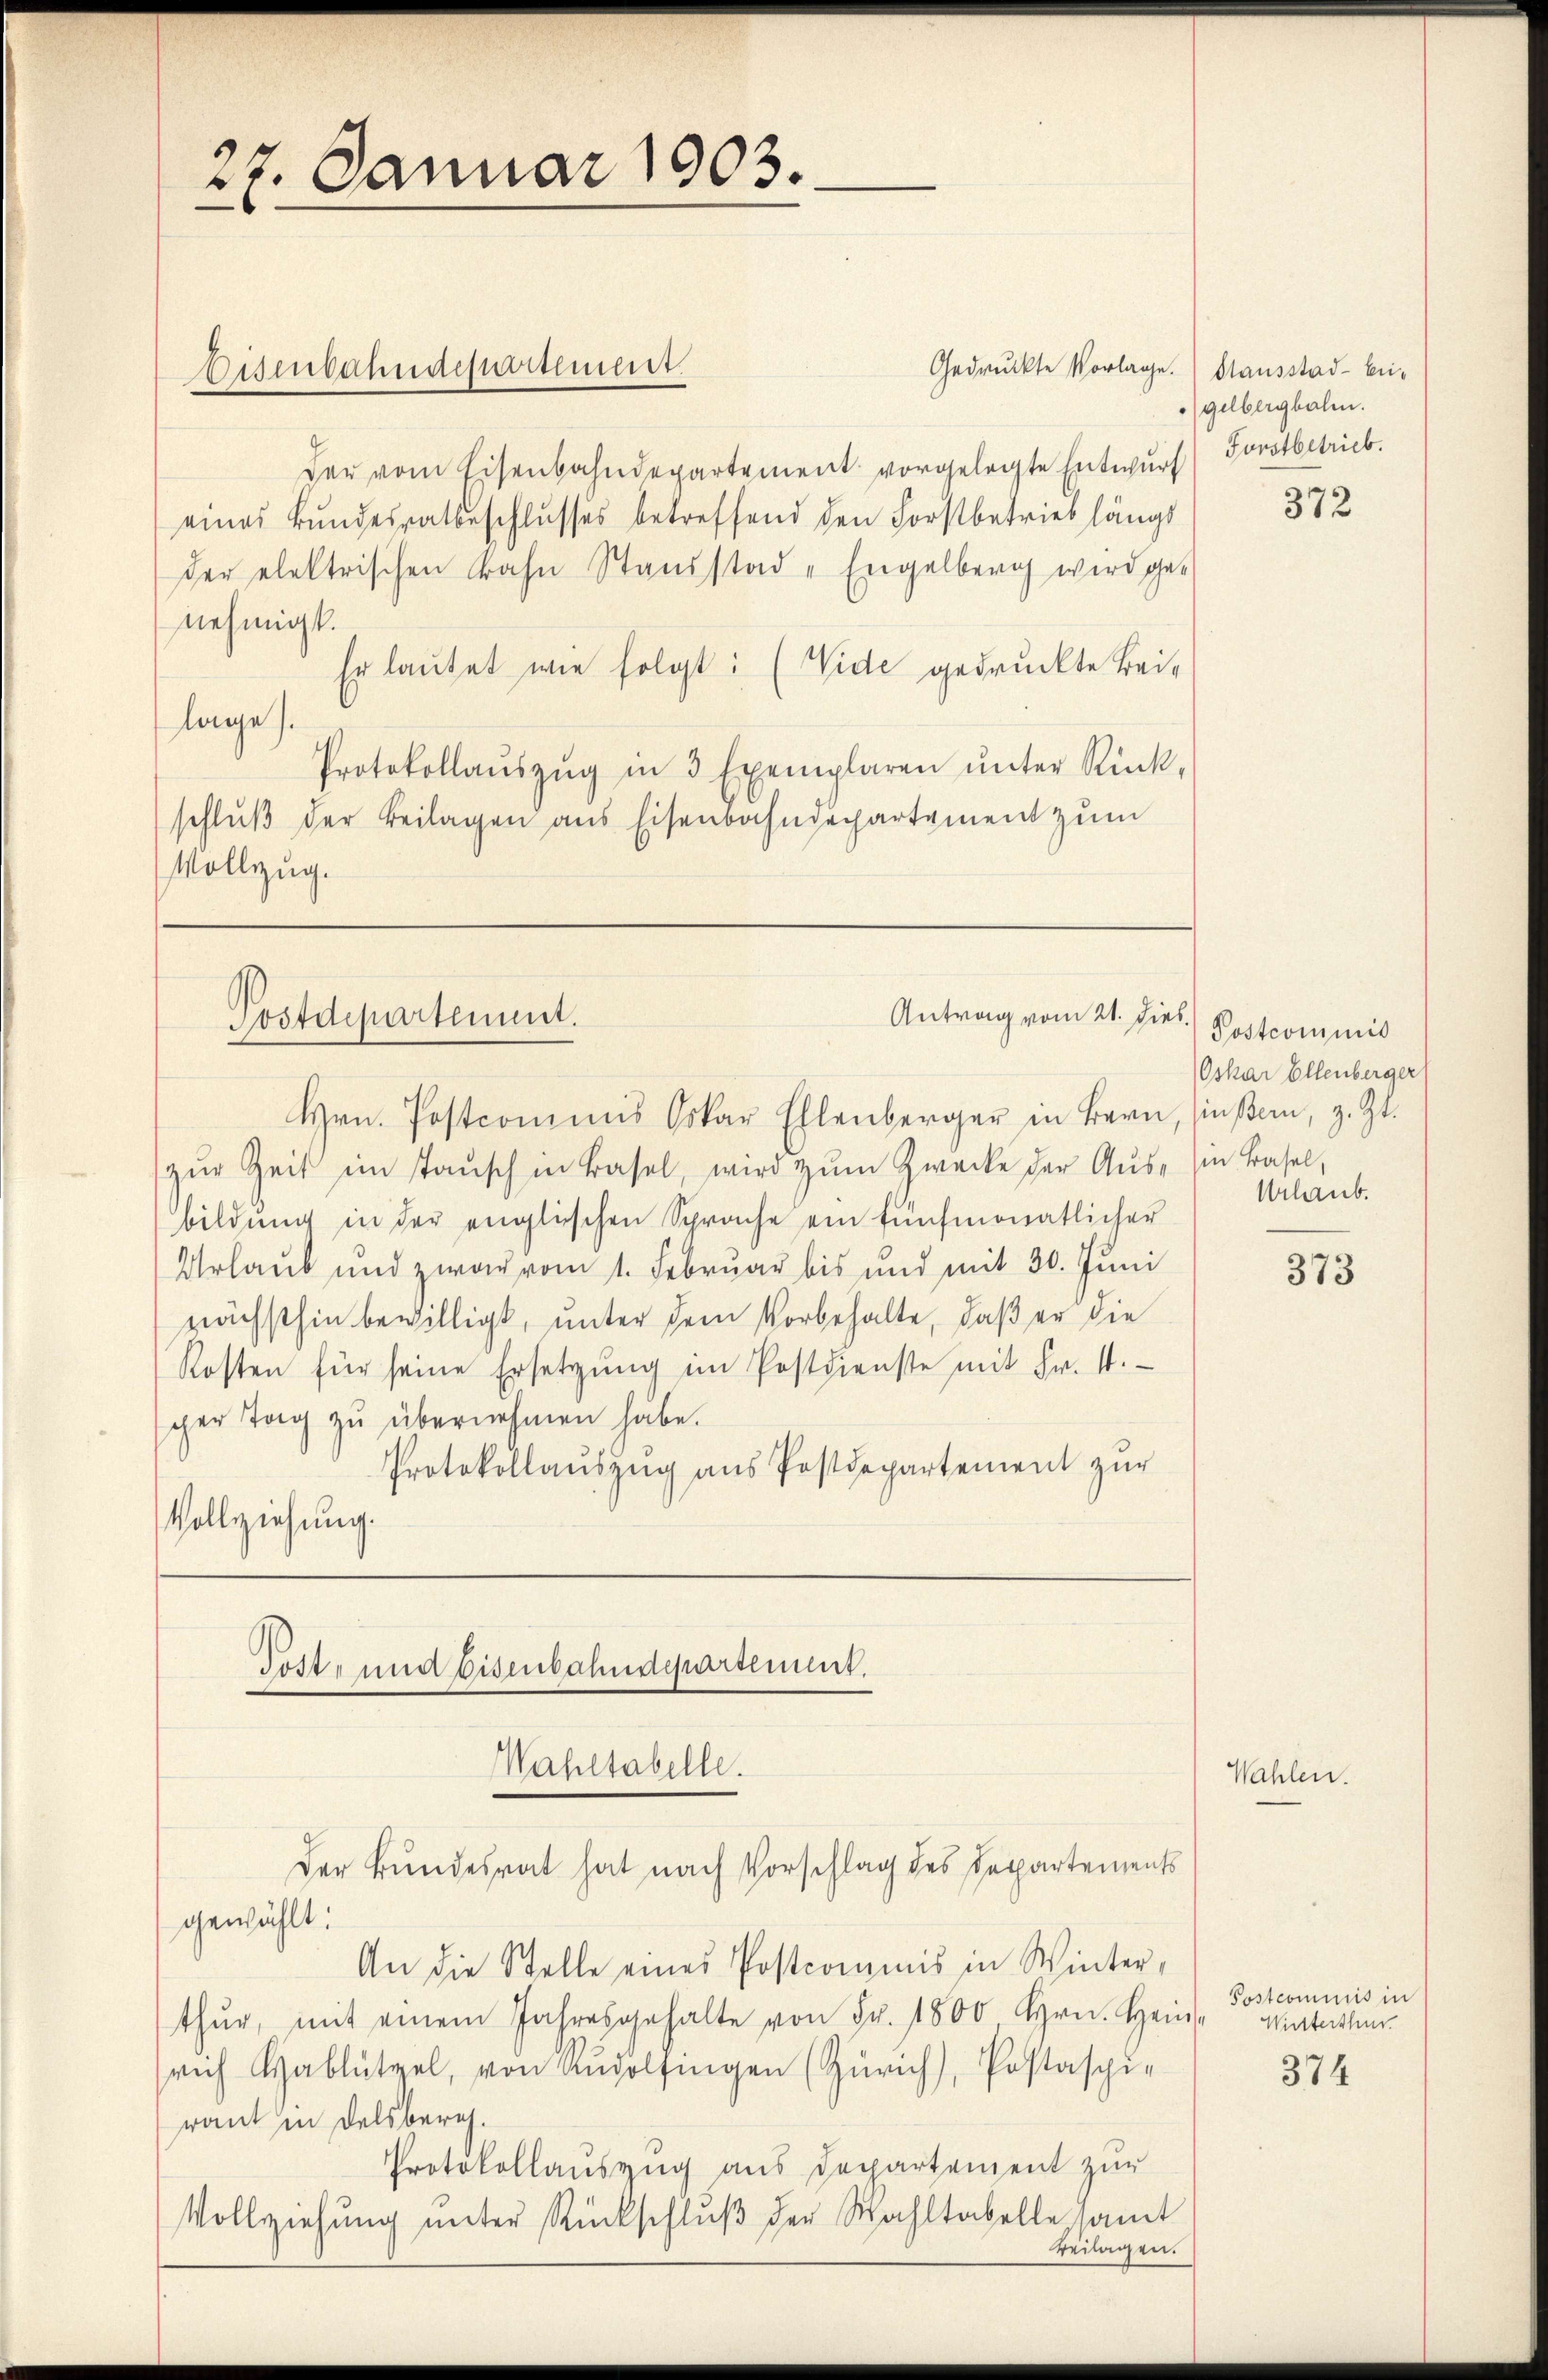
der vom Eisenbahndepartement vorgelegte Entwurf) Forstbetrieb.
eines Bundesratbeschlusses betreffend den Forstbetrieb längs
der elektrischen Bahn Standstad - Engelberg wird ge-
nehmigt.
Er lautet wie folgt: (Vide gedruckte Bei-
lage).
Protokollaŭszŭg in 3 Exemplaren ŭnter Rück-
schluß der Beilagen aus Eisenbahndepartement zum
Vollzug.

27. Januar 1903.

isenbahndepartement.

Postdepartement.

zŭr Zeit im Taŭsch in Basel, wird zŭm Zwecke der Ausbildŭng in der englischen Sprache ein fünfmonatlicher
Urlaub und zwar vom 1. Februar bis und mit 30. Juni
nächsthin bewilligt, unter dem Vorbehalte, daß er die
Kosten für seine Ersetzŭng im Postdienste mit Fr. 4.
ger Tag zu übernehmen habe.
Protokollaŭszŭg ans Postdepartement zur
Vollziehung.

Post- und Eisenbahndepartement.
Wahltabelle.
Der Bundesrat hat nach Vorschlag des Departements

gewählt:
An die Stelle eines Postcommis in Winter,
thŭr, mit einem Jahresgehalte von Fr. 1800 hrn. Hein-
rich Hablützel, von angolfingen (Zürich), Postaspi-
raut in Delsberich.
Protokollauszug aus Departement zur
Vollziehung unter Rückschlŭβ der Wahltabelle samt
Beilagen.

Gedruckte Vorlage. Stausstad- bei¬

Antrag vom 21. Dies
Hrn. Postcommis Oskar Ellenberger in Bern, Zinsern, z. Zt.

gelberghalen.

Postcommis in
Witterthun.

Postcommis
Oskar Ellenberger
in Basel,
Urlaub.

372

373

Wahlen

374